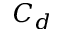
C _ { d }